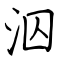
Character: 泅